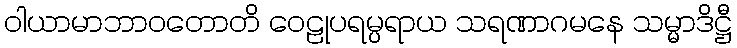
ဝါယာမာဘာဝတောတိ ဝေဠုပရမ္ပရာယ သရဏာဂမနေ သမ္မာဒိဋ္ဌီ